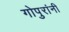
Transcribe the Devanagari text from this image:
गोपुरांनी